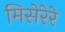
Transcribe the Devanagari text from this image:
मिसेरेरे